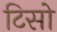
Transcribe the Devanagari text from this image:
टिसो